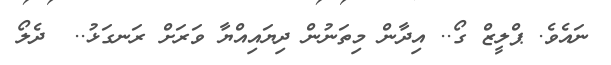
ނައެވެ. ޕްލީޒް ގޯ.. އިދާން މިތަނުން ދިޔައިއްޔާ ވަރަށް ރަނގަޅު..  ދެލޯ